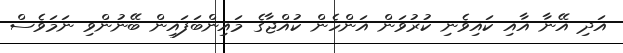
އަދި އޭނާ އާއި ކައިވެނި ކުރުވަން އަންހެން ކުއްޖާގެ މައިންބަފައިން ބޭނުންވި ނަމަވެސް